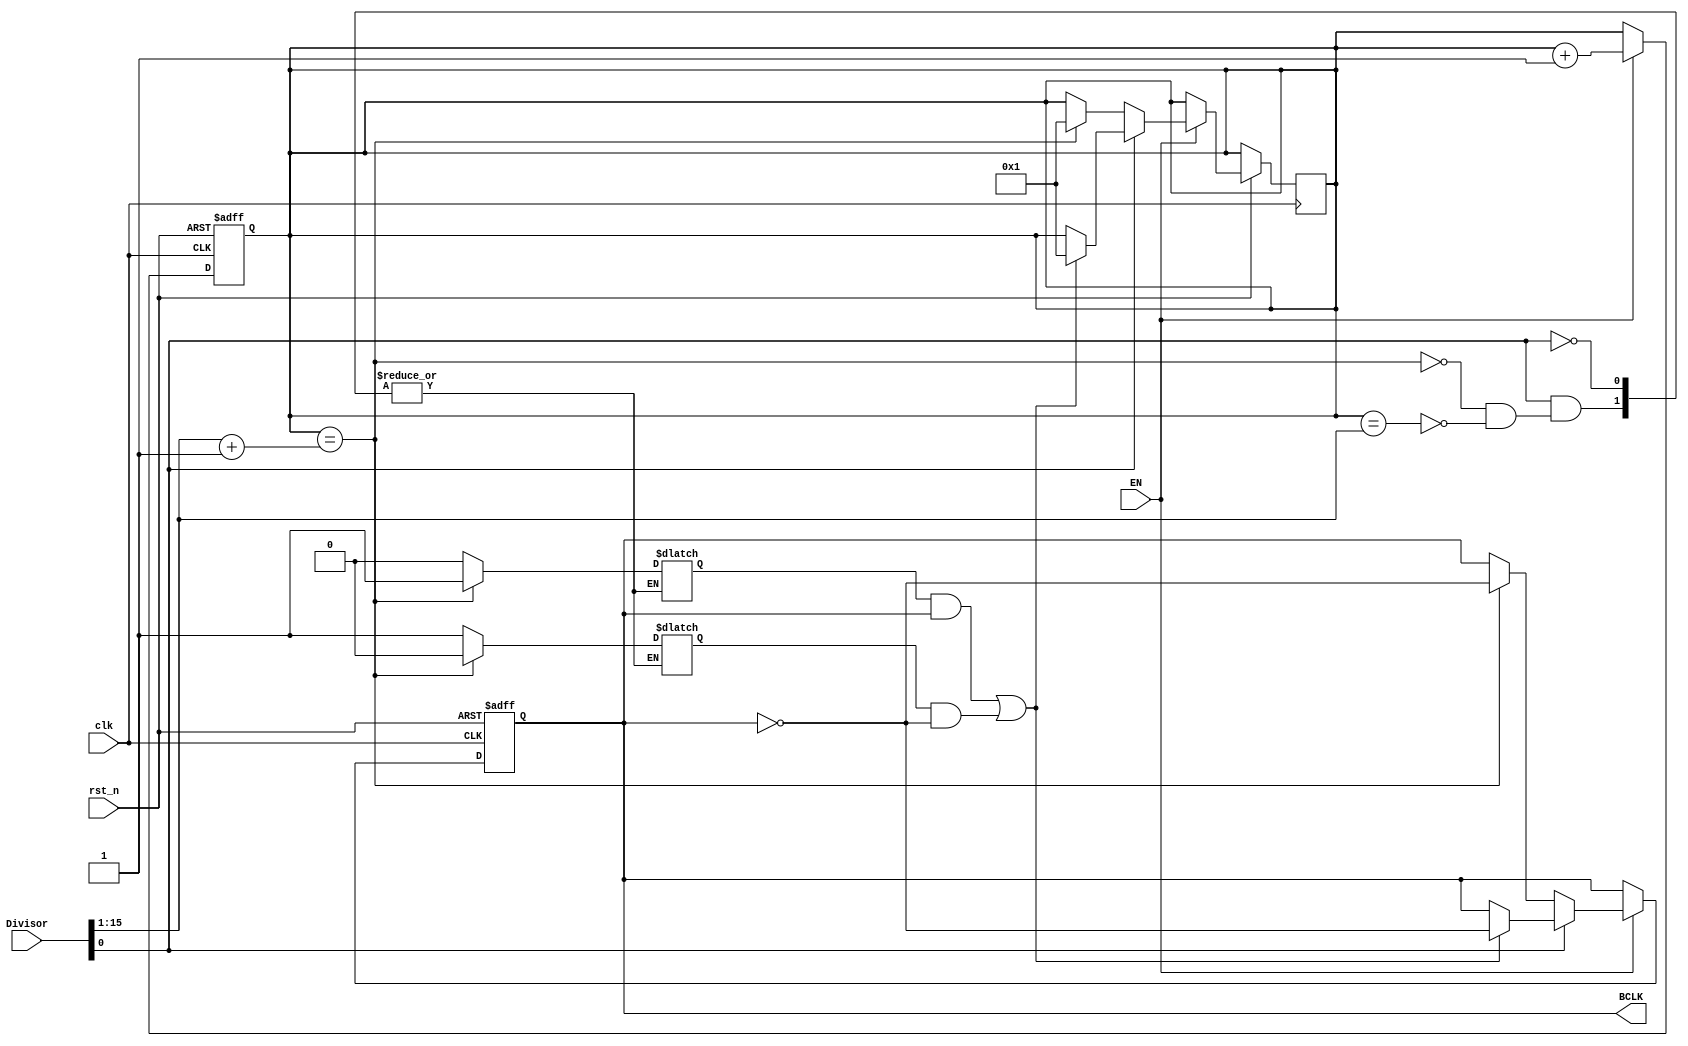
module ClkDiv #(parameter divisor_width = 16)(
	input clk, 
	input rst_n,
	input EN,
	input [divisor_width-1:0] Divisor,  
	output reg BCLK 
);
	    /* *
	     * desired clk = Input clk freq / divisor  
	     * range of divisor: 1 to (2^16) -1 
	     * */
	     
	reg [divisor_width-1:0] count, ratio;
	reg High_Flag, Low_Flag;
	
	always @(posedge clk or negedge rst_n) begin : Counter_Block
	  if (!rst_n) begin
	      count = 'b0; 
	  end
	  else if (EN) begin
	          count = count + 'b1; 	          
	          end
	end
	
	always @(*) begin
             ratio <= Divisor >> 1;
         if (Divisor[0] == 1) begin
                 if (count == ratio+1) begin
                      High_Flag <= 1;
                      Low_Flag  <= 0;
                 end
                 else if (count == ratio)begin
                      Low_Flag  <= 1;   
                      High_Flag <= 0;
                  end   
              end     
	end
	
	
	always @(posedge clk or negedge rst_n) begin : BaudRate_generation
	    if (!rst_n) begin
	        BCLK <= 1'b0;  
	    end
	    else if (EN) begin
	       if (Divisor[0] == 0) begin
	               if (count == ratio+1) begin
	                   count <= 'b1;
	                   BCLK  <= ~BCLK;
	               end
	               else BCLK <= BCLK;              
           end
           else begin
            if ((High_Flag && (BCLK == 1)) || (Low_Flag && (BCLK == 0))) begin
            count <= 'b1;
            BCLK  <= ~BCLK;
            end
            else BCLK <= BCLK; 
           end
           end        
	end
	
 	
endmodule